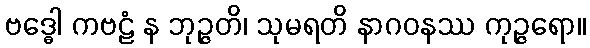
ဗဒ္ဓေါ ကဗဠံ န ဘုဉ္ဇတိ၊ သုမရတိ နာဂဝနဿ ကုဉ္ဇရော။